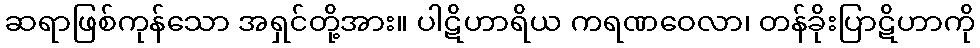
ဆရာဖြစ်ကုန်သော အရှင်တို့အား။ ပါဋိဟာရိယ ကရဏဝေလာ၊ တန်ခိုးပြာဋိဟာကို